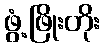
ဖွံ့ဖြိုးတိုး